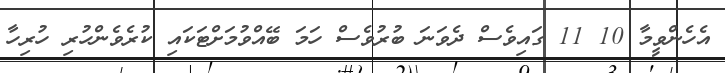
އެހެންވީމާ 10 11 ގައިވެސް ދެވަނަ ބުރުވެސް ހަމަ ބޭއްވުމަށްޓަކައި ކުރެވެންހުރި ހުރިހާ